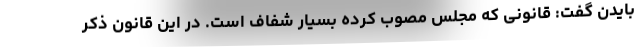
بایدن گفت: قانونی که مجلس مصوب کرده بسیار شفاف است. در این قانون ذکر